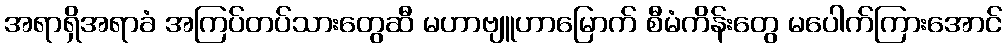
အရာရှိအရာခံ အကြပ်တပ်သားတွေဆီ မဟာဗျူဟာမြောက် စီမံကိန်းတွေ မပေါက်ကြားအောင်